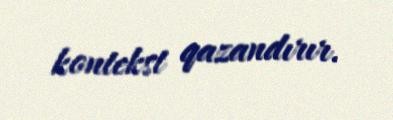
kontekst qazandırır.